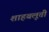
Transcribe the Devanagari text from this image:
शाहबलूती